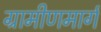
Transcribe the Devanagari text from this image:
ग्रामीणमार्ग